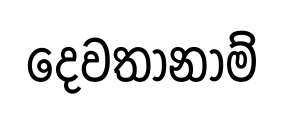
දෙවතානාම්